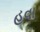
હવા